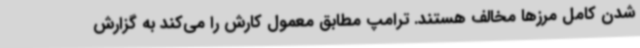
شدن کامل مرزها مخالف هستند. ترامپ مطابق معمول کارش را می‌کند به گزارش